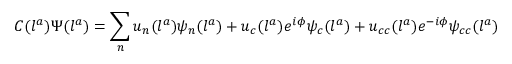
C ( l ^ { a } ) \Psi ( l ^ { a } ) = \sum _ { n } u _ { n } ( l ^ { a } ) \psi _ { n } ( l ^ { a } ) + u _ { c } ( l ^ { a } ) e ^ { i \phi } \psi _ { c } ( l ^ { a } ) + u _ { c c } ( l ^ { a } ) e ^ { - i \phi } \psi _ { c c } ( l ^ { a } )